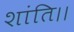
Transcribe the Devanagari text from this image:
शांति।।